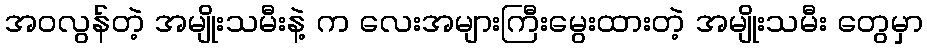
အဝလွန်တဲ့ အမျိုးသမီးနဲ့ က လေးအများကြီးမွေးထားတဲ့ အမျိုးသမီး တွေမှာ